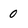
Character: 0